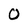
Character: O